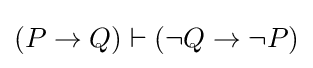
(P\to Q)\vdash (\neg Q\to \neg P)